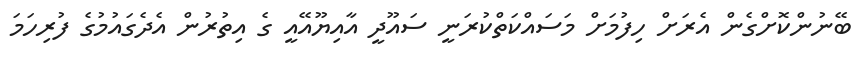
ބޭނުންކޮށްގެން އެރަށް ހިފުމަށް މަސައްކަތްކުރަނީ ސައޫދީ އާއިޔޫއޭއީ ގެ އިތުރުން އެދެގައުމުގެ ފުރިހަމަ